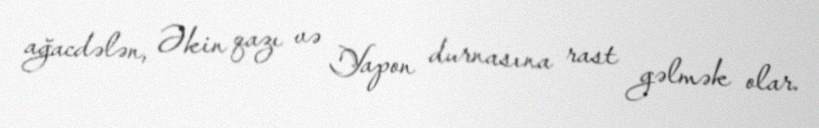
ağacdələn, Əkin qazı və Yapon durnasına rast gəlmək olar.